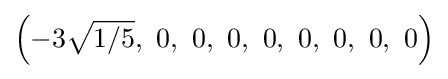
\left(-3{\sqrt {1/5}},\ 0,\ 0,\ 0,\ 0,\ 0,\ 0,\ 0,\ 0\right)